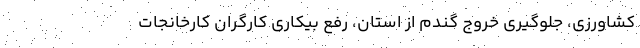
کشاورزی، جلوگیری خروج گندم از استان، رفع بیکاری کارگران کارخانجات